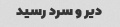
دیر ‌و سرد رسید